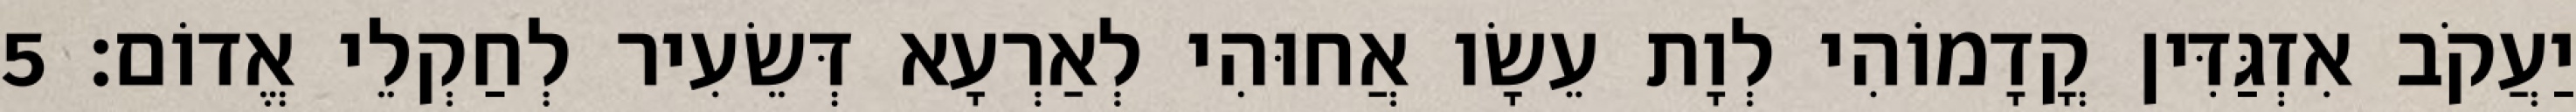
יַעֲקֹב אִזְגַּדִּין קֳדָמוֹהִי לְוָת עֵשָׂו אֲחוּהִי לְאַרְעָא דְּשֵׂעִיר לְחַקְלֵי אֱדוֹם׃ 5